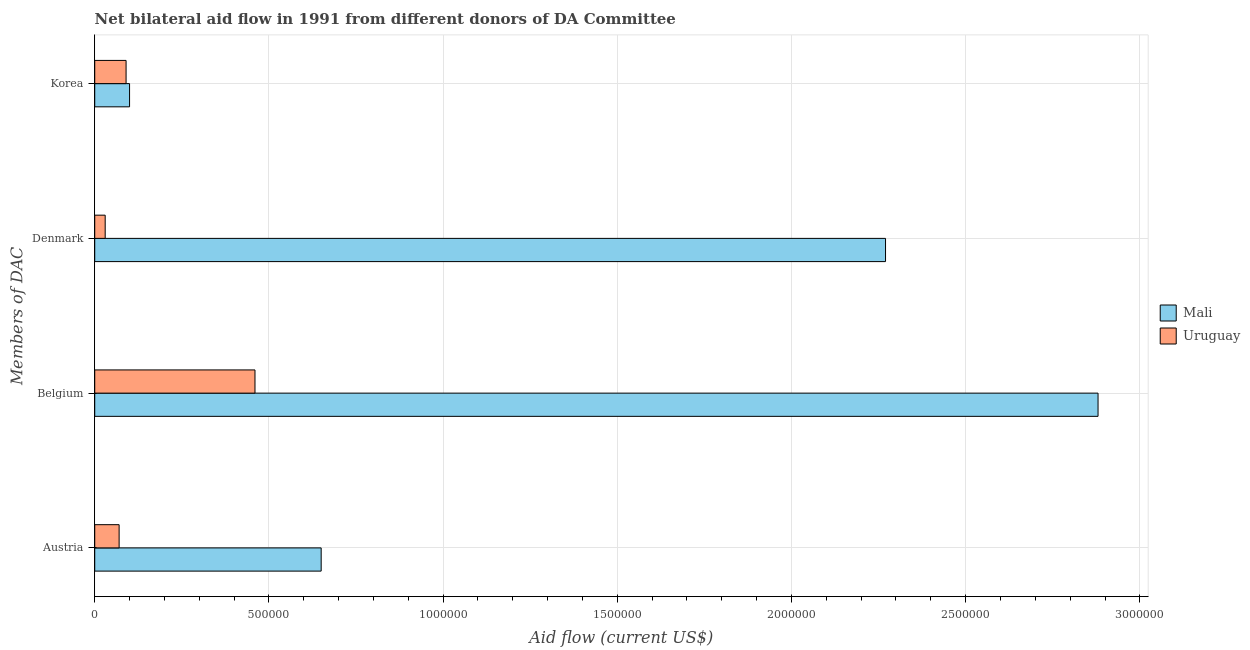
| Members of DAC | Mali | Uruguay |
 | --- | --- | --- |
 | Austria | 6.5e+05 | 7e+04 |
 | Belgium | 2.88e+06 | 4.6e+05 |
 | Denmark | 2.27e+06 | 3e+04 |
 | Korea | 1e+05 | 9e+04 |